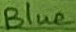
Text: Blue